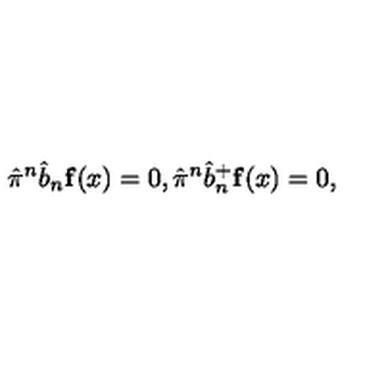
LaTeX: \hat { \pi } ^ { n } \hat { b } _ { n } { \bf f } ( x ) = 0 , \hat { \pi } ^ { n } \hat { b } _ { n } ^ { + } { \bf f } ( x ) = 0 ,